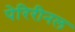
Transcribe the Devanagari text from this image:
पेरिरीनल